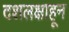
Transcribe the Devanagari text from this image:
दशलक्षाहून